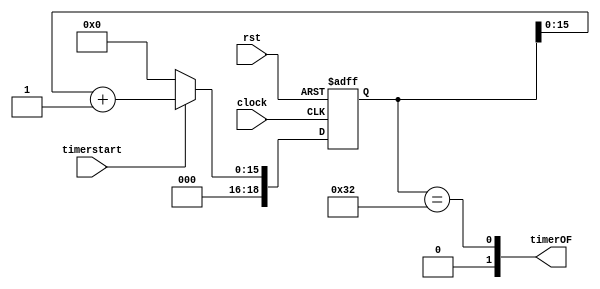
`timescale 1ns / 1ps
//////////////////////////////////////////////////////////////////////////////////
// Company: 
// Engineer: 
// 
// Design Name: 
// Module Name:    delay 
// Project Name: 
// Target Devices: 
// Tool versions: 
// Description: 
//
// Dependencies: 
//
// Revision: 
// Revision 0.01 - File Created
// Additional Comments: 
//
//////////////////////////////////////////////////////////////////////////////////
module delay(
    input timerstart,
    input rst,
    input clock,
	 output [1:0] timerOF
    );

wire [18:0] added3;
reg  [18:0]  Q3;
// 19-bit wide output signal
wire [15:0] nextQ3;
// 19-bit wide internal signal
assign added3 = Q3 + 1'b1; //1 bit added to 19 bit
assign nextQ3 = timerstart ? added3 : 19'b0; //multiplexor
   

always @ (posedge clock or posedge rst) 
// register
if (rst) begin 
Q3 <= 19'b0; 
end 
// reset forces counter Q and Time to 0
else begin 
Q3 <= nextQ3;// otherwise Q takes nextQ
end

assign timerOF = (Q3 == 19'd50); 

endmodule